Theory and practice of anti-rabic immunisation - Number 30
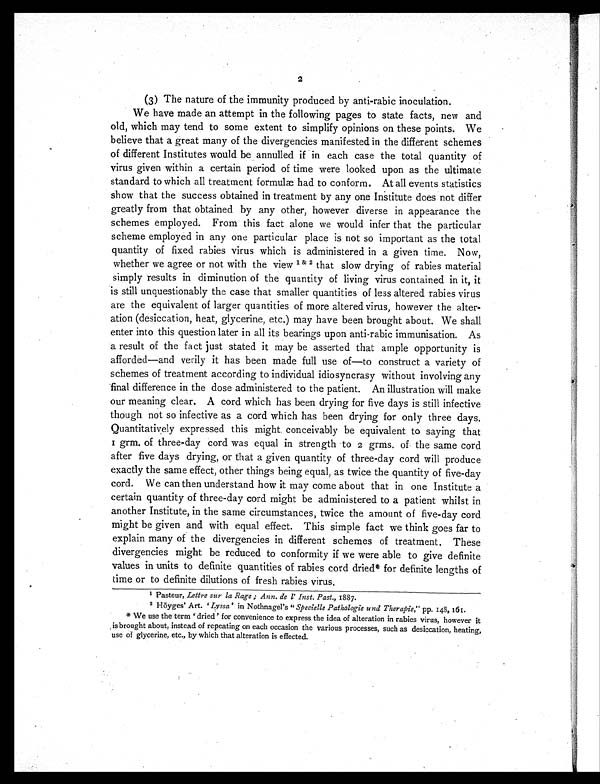
2
(3) The nature of the immunity produced by anti-rabic inoculation.
We have made an attempt in the following pages to state facts, new and
old, which may tend to some extent to simplify opinions on these points. We
believe that a great many of the divergencies manifested in the different schemes
of different Institutes would be annulled if in each case the total quantity of
virus given within a certain period of time were looked upon as the ultimate
standard to which all treatment formulæ had to conform. At all events statistics
show that the success obtained in treatment by any one Institute does not differ
greatly from that obtained by any other, however diverse in appearance the
schemes employed. From this fact alone we would infer that the particular
scheme employed in any one particular place is not so important as the total
quantity of fixed rabies virus which is administered in a given time. Now,
whether we agree or not with the view 1 & 2 that slow drying of rabies material
simply results in diminution of the quantity of living virus contained in it, it
is still unquestionably the case that smaller quantities of less altered rabies virus
are the equivalent of larger quantities of more altered virus, however the alter-
ation (desiccation, heat, glycerine, etc.) may have been brought about. We shall
enter into this question later in all its bearings upon anti-rabic immunisation. As
a result of the fact just stated it may be asserted that ample opportunity is
afforded—and verily it has been made full use of—to construct a variety of
schemes of treatment according to individual idiosyncrasy without involving any
final difference in the dose administered to the patient. An illustration will make
our meaning clear. A cord which has been drying for five days is still infective
though not so infective as a cord which has been drying for only three days.
Quantitatively expressed this might conceivably be equivalent to saying that
1 grm. of three-day cord was equal in strength to 2 grms. of the same cord
after five days drying, or that a given quantity of three-day cord will produce
exactly the same effect, other things being equal, as twice the quantity of five-day
cord. We can then understand how it may come about that in one Institute a
certain quantity of three-day cord might be administered to a patient whilst in
another Institute, in the same circumstances, twice the amount of five-day cord
might be given and with equal effect. This simple fact we think goes far to
explain many of the divergencies in different schemes of treatment. These
divergencies might be reduced to conformity if we were able to give definite
values in units to definite quantities of rabies cord dried* for definite lengths of
time or to definite dilutions of fresh rabies virus.
1 Pasteur, Lettre sur la Rage ; Ann. de l' Inst. Past., 1887.
2 Höyges' Art. 'Lyssa' in Nothnagel's " Specielle Pathologie and Therapie," pp. 148, 161.
* We use the term ' dried ' for convenience to express the idea of alteration in rabies virus, however it
is brought about, instead of repeating on each occasion the various processes, such as desiccation, heating,
use of glycerine, etc., by which that alteration is effected.